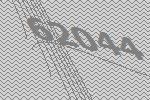
62044